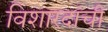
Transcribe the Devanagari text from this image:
विशारदांची